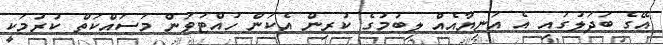
އޭގެ ބަދަލުގައި އެ އަނިޔާއެއް ލިބުމުގެ ކުރިން އެކަން ހުއްޓުވަން މަސައްކަތް ކުރުމަކީ